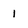
Character: 1